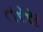
તરસ